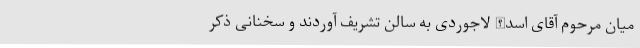
میان مرحوم آقای اسدالله لاجوردی به سالن تشریف آوردند و سخنانی ذکر